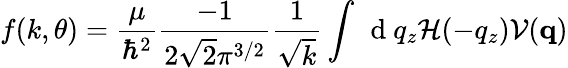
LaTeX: f(k,\theta)=\frac{\mu}{\hbar^{2}}\frac{-1}{2\sqrt{2}\pi^{3/2}}\frac{1}{\sqrt{k}}\int\, \mathrm{~d~}q_{z}\mathcal{H}(-q_{z})\mathcal{V}(\mathbf{q})